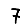
Digit: 7